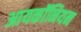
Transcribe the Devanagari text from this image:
आयकॉनियन